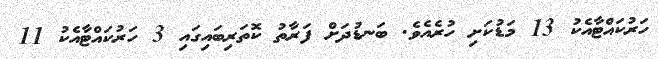
ހަރުކައްޓާއެކު 13 މަޑުކަށި ހުރެއެވެ. ބަނޑުދަށް ފަރާތު ކޮތަރިބައިގައި 3 ހަރުކައްޓާއެކު 11